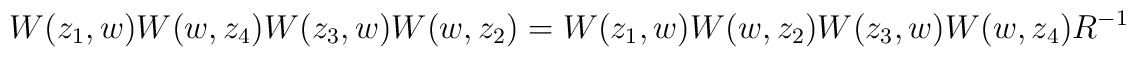
W(z_1,w)W(w,z_4)W(z_3,w)W(w,z_2)=W(z_1,w)W(w,z_2)W(z_3,w)W(w,z_4)R^{-1}